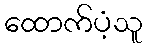
ထောက်ပံ့သူ